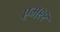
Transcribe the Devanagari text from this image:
एम९९